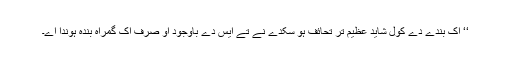
‘‘ اِک بندے دے کول شاید عظیم تر تحائف ہو سکدے نے تے ایس دے باوجود اُو صرف اِک گمراہ بندہ ہوندا اے۔